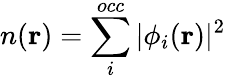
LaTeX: n(\mathbf{r})=\sum_{i}^{occ}|\phi_{i}({\mathbf r})|^{2}